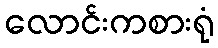
လောင်းကစားရုံ